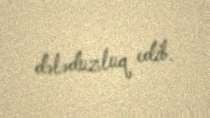
dələduzluq edib.